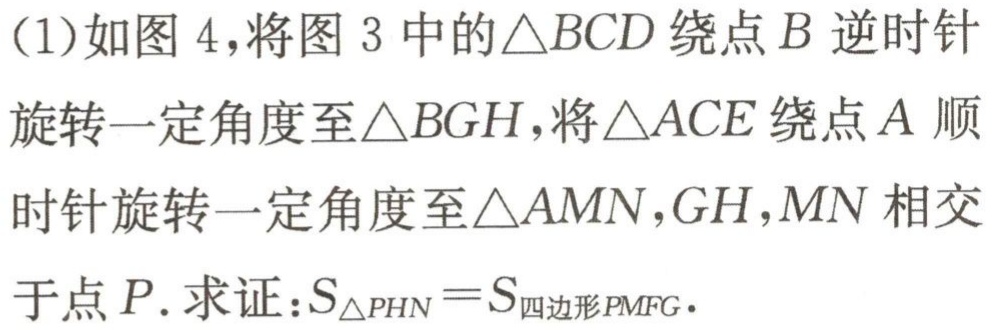
(1)如图 4，将图 3 中的$\triangle BCD$绕点$B$逆时针
旋转一定角度至$\triangle BGH$，将$\triangle ACE$绕点$A$顺
时针旋转一定角度至$\triangle AMN$，$GH$，$MN$相交
于点$P$. 求证：$S_{\triangle PHN}=S_{四边形 PMFG}$.